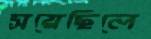
সয়েছিলে